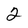
Character: 2